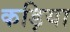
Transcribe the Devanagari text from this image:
कड़िया